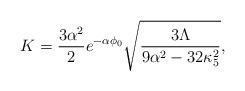
LaTeX: \begin{align*}K={{3\alpha^2}\over 2}e^{-\alpha\phi_0}\sqrt{{3\Lambda}\over{9\alpha^2-32\kappa^2_5}},\end{align*}